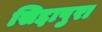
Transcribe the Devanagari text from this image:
सिद्दापुरा